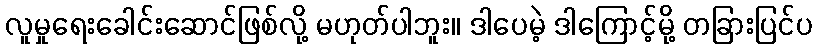
လူမှုရေးခေါင်းဆောင်ဖြစ်လို့ မဟုတ်ပါဘူး။ ဒါပေမဲ့ ဒါကြောင့်မို့ တခြားပြင်ပ